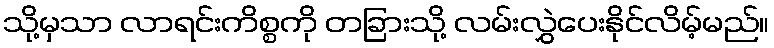
သို့မှသာ လာရင်းကိစ္စကို တခြားသို့ လမ်းလွှဲပေးနိုင်လိမ့်မည်။